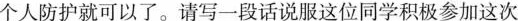
个人防护就可以了。请写一段话说服这位同学积极参加这次